Document type: Sale
Year: 1423
Scribe: Joan Franc
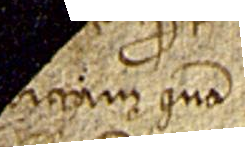
dictam quam